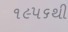
૧૯૫૬થી